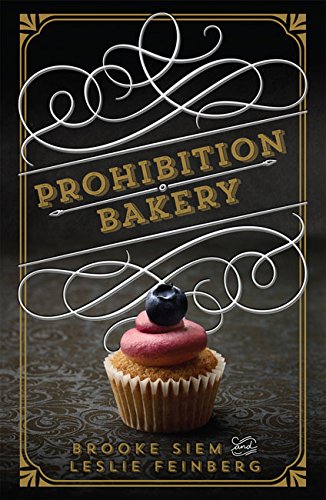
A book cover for Prohibition Bakery; Leslie Feinberg; Cookbooks, Food & Wine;